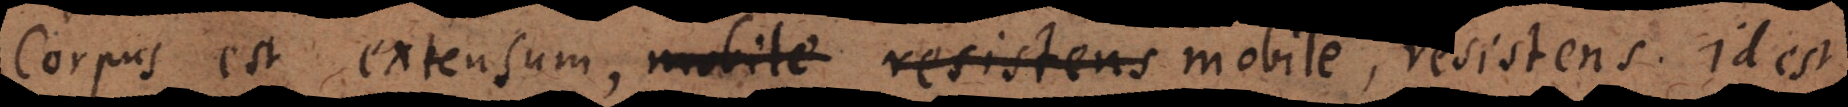
Corpus est extensum, mobile resistens mobile, resistens. Id est